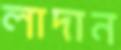
লাদান